Vaccination North-Western Provinces and Oudh 1878-1895 - 1878-1895
Year: 1878
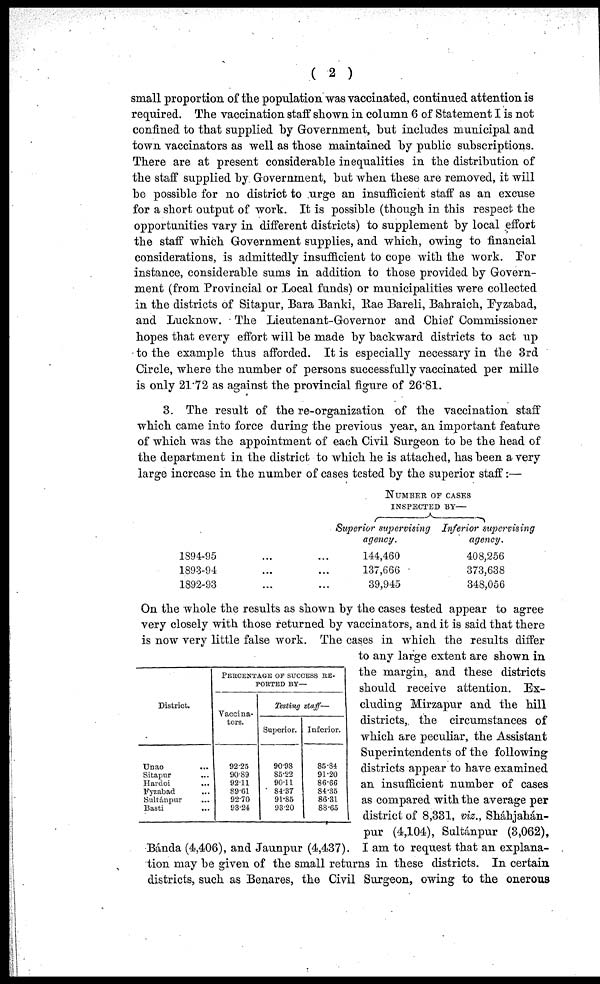
( 2 )
small proportion of the population was vaccinated, continued attention is
required. The vaccination staff shown in column 6 of Statement I is not
confined to that supplied by Government, but includes municipal and
town vaccinators as well as those maintained by public subscriptions.
There are at present considerable inequalities in the distribution of
the staff supplied by Government, but when these are removed, it will
be possible for no district to urge an insufficient staff as an excuse
for a short output of work. It is possible (though in this respect the
opportunities vary in different districts) to supplement by local effort
the staff which Government supplies, and which, owing to financial
considerations, is admittedly insufficient to cope with the work. For
instance, considerable sums in addition to those provided by Govern-
ment (from Provincial or Local funds) or municipalities were collected
in the districts of Sitapur, Bara Banki, Rae Bareli, Bahraich, Fyzabad,
and Lucknow. The Lieutenant-Governor and Chief Commissioner
hopes that every effort will be made by backward districts to act up
to the example thus afforded. It is especially necessary in the 3rd
Circle, where the number of persons successfully vaccinated per mille
is only 21.72 as against the provincial figure of 26.81.
3. The result of the re-organization of the vaccination staff
which came into force during the previous year, an important feature
of which was the appointment of each Civil Surgeon to be the head of
the department in the district to which he is attached, has been a very
large increase in the number of cases tested by the superior staff:—
1894-95 ...
1893-94 ...
1892-93 ...
NUMBER OF CASES
INSPECTED BY—
Superior supervising
agency.
144,460
137,666
39,945
Inferior supervising
agency.
408,256
373,638
348,056
District.
Unao ...
Sitapur ...
Hardoi ...
Fyzabad ...
Sultánpur ...
Basti ...
PERCENTAGE OF SUCCESS RE-
------ BY—
Vaccina-
tors.
92.25
90.89
92.11
89.61
92.70
93.24
Testing staff—
Superior.
90.98
85.22
90.11
84.37
91.85
93.20
Inferior.
85.84
91.20
86.66
84.35
86.31
88.65
On the whole the results as shown by the cases tested appear to agree
very closely with those returned by vaccinators, and it is said that there
is now very little false work. The cases in which the results differ
to any large extent are shown in
the margin, and these districts
should receive attention. Ex-
cluding Mirzapur and the hill
districts, the circumstances of
which are peculiar, the Assistant
Superintendents of the following
districts appear to have examined
an insufficient number of cases
as compared with the average per
district of 8,331, viz., Sháhjahán-
pur (4,104), Sultánpur (3,062),
Bánda (4,406), and Jaunpur (4,437). I am to request that an explana-
tion may be given of the small returns in these districts. In certain
districts, such as Benares, the Civil Surgeon, owing to the onerous